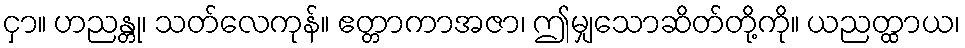
ငှာ။ ဟညန္တု၊ သတ်လေကုန်။ ဧတ္တာကာအဇာ၊ ဤမျှသောဆိတ်တို့ကို။ ယညတ္ထာယ၊